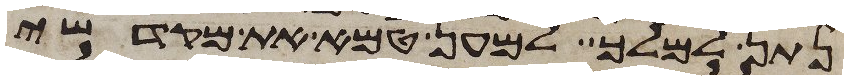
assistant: נתן למלך למען טמא את מקדשי